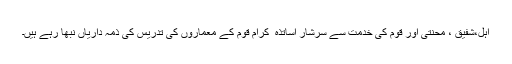
اہل،شفیق ، محنتی اور قوم کی خدمت سے سرشار اساتذہ ٔ کرام قوم کے معماروں کی تدریس کی ذمہ داریاں نبھا رہے ہیں۔